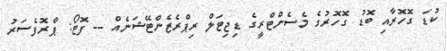
ކުޑަ ގޮހޮރާއި ބޮޑު ގޮހޮރުގެ މެސެންޓްރީގެ ޑިޖިޓަލް ރިޕްރެޒެންޓޭޝަނެއް -- ފޮޓޯ: ޕްރޮފެސަރު